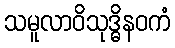
သမူလာဝိသုဒ္ဓိနဝကံ